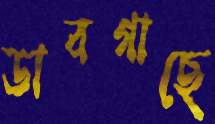
ডাবগাছে